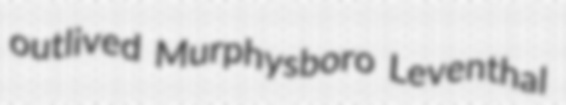
outlived Murphysboro Leventhal